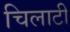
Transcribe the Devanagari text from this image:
चिलाटी